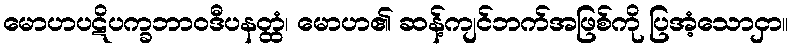
မောဟပဋိပက္ခဘာဝဒီပနတ္ထံ၊ မောဟ၏ ဆန့်ကျင်ဘက်အဖြစ်ကို ပြအံ့သောငှာ။